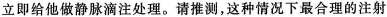
立即给他做静脉滴注处理。请推测，这种情况下最合理的注射